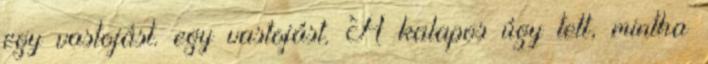
egy vastojást. egy vastojást. A kalapos úgy tett, mintha